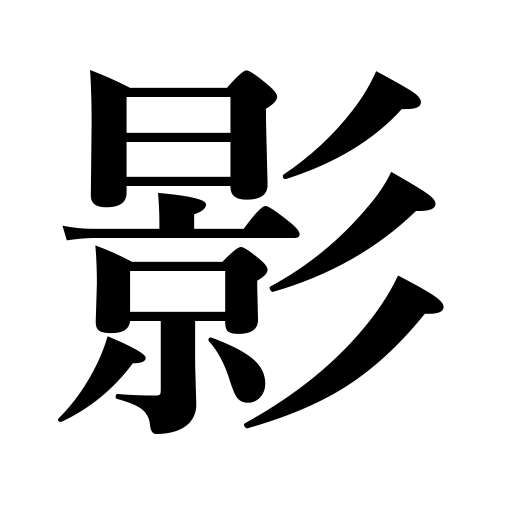
Meanings: silhouette,reflection,light,trace,shadow,figure,phantom